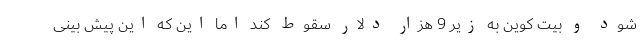
شود و بیت کوین به زیر 9 هزار دلار سقوط کند اما این که این پیش بینی